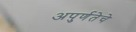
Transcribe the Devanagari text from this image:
अपुर्णतेचे